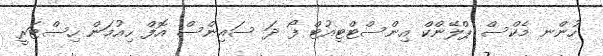
ހުންނ މެކްސް ޕްލޭންކް އިންސްޓްޓިއުޓް ފޯ ދަ ސައިންސް އޮފް ހިއުމަން ހިސްޓަރީ